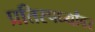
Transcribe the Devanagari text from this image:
प्रतिस्पर्ध्यांवर